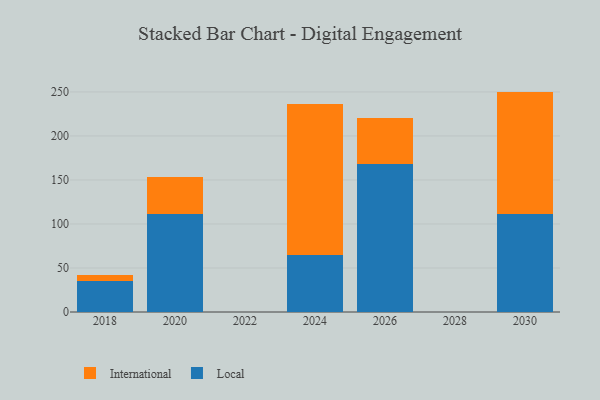
{"axis": {"x": "Year", "y": "Website Visitors"}, "legend": ["International", "Local"], "data": [{"x": "2030", "y": 111.2, "type": "Local"}, {"x": "2030", "y": 139.2, "type": "International"}, {"x": "2018", "y": 35.3, "type": "Local"}, {"x": "2018", "y": 6.4, "type": "International"}, {"x": "2026", "y": 168.6, "type": "Local"}, {"x": "2026", "y": 51.5, "type": "International"}, {"x": "2024", "y": 65.0, "type": "Local"}, {"x": "2024", "y": 171.3, "type": "International"}, {"x": "2020", "y": 111.7, "type": "Local"}, {"x": "2020", "y": 41.9, "type": "International"}]}